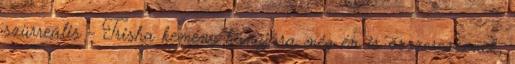
szürreális - Trisha kemény hangjára még én is összerezzenek,